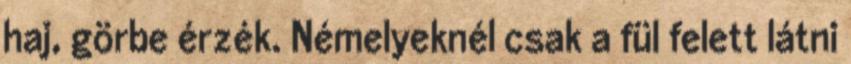
haj, görbe érzék. Némelyeknél csak a fül felett látni